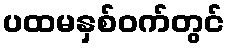
ပထမနှစ်ဝက်တွင်